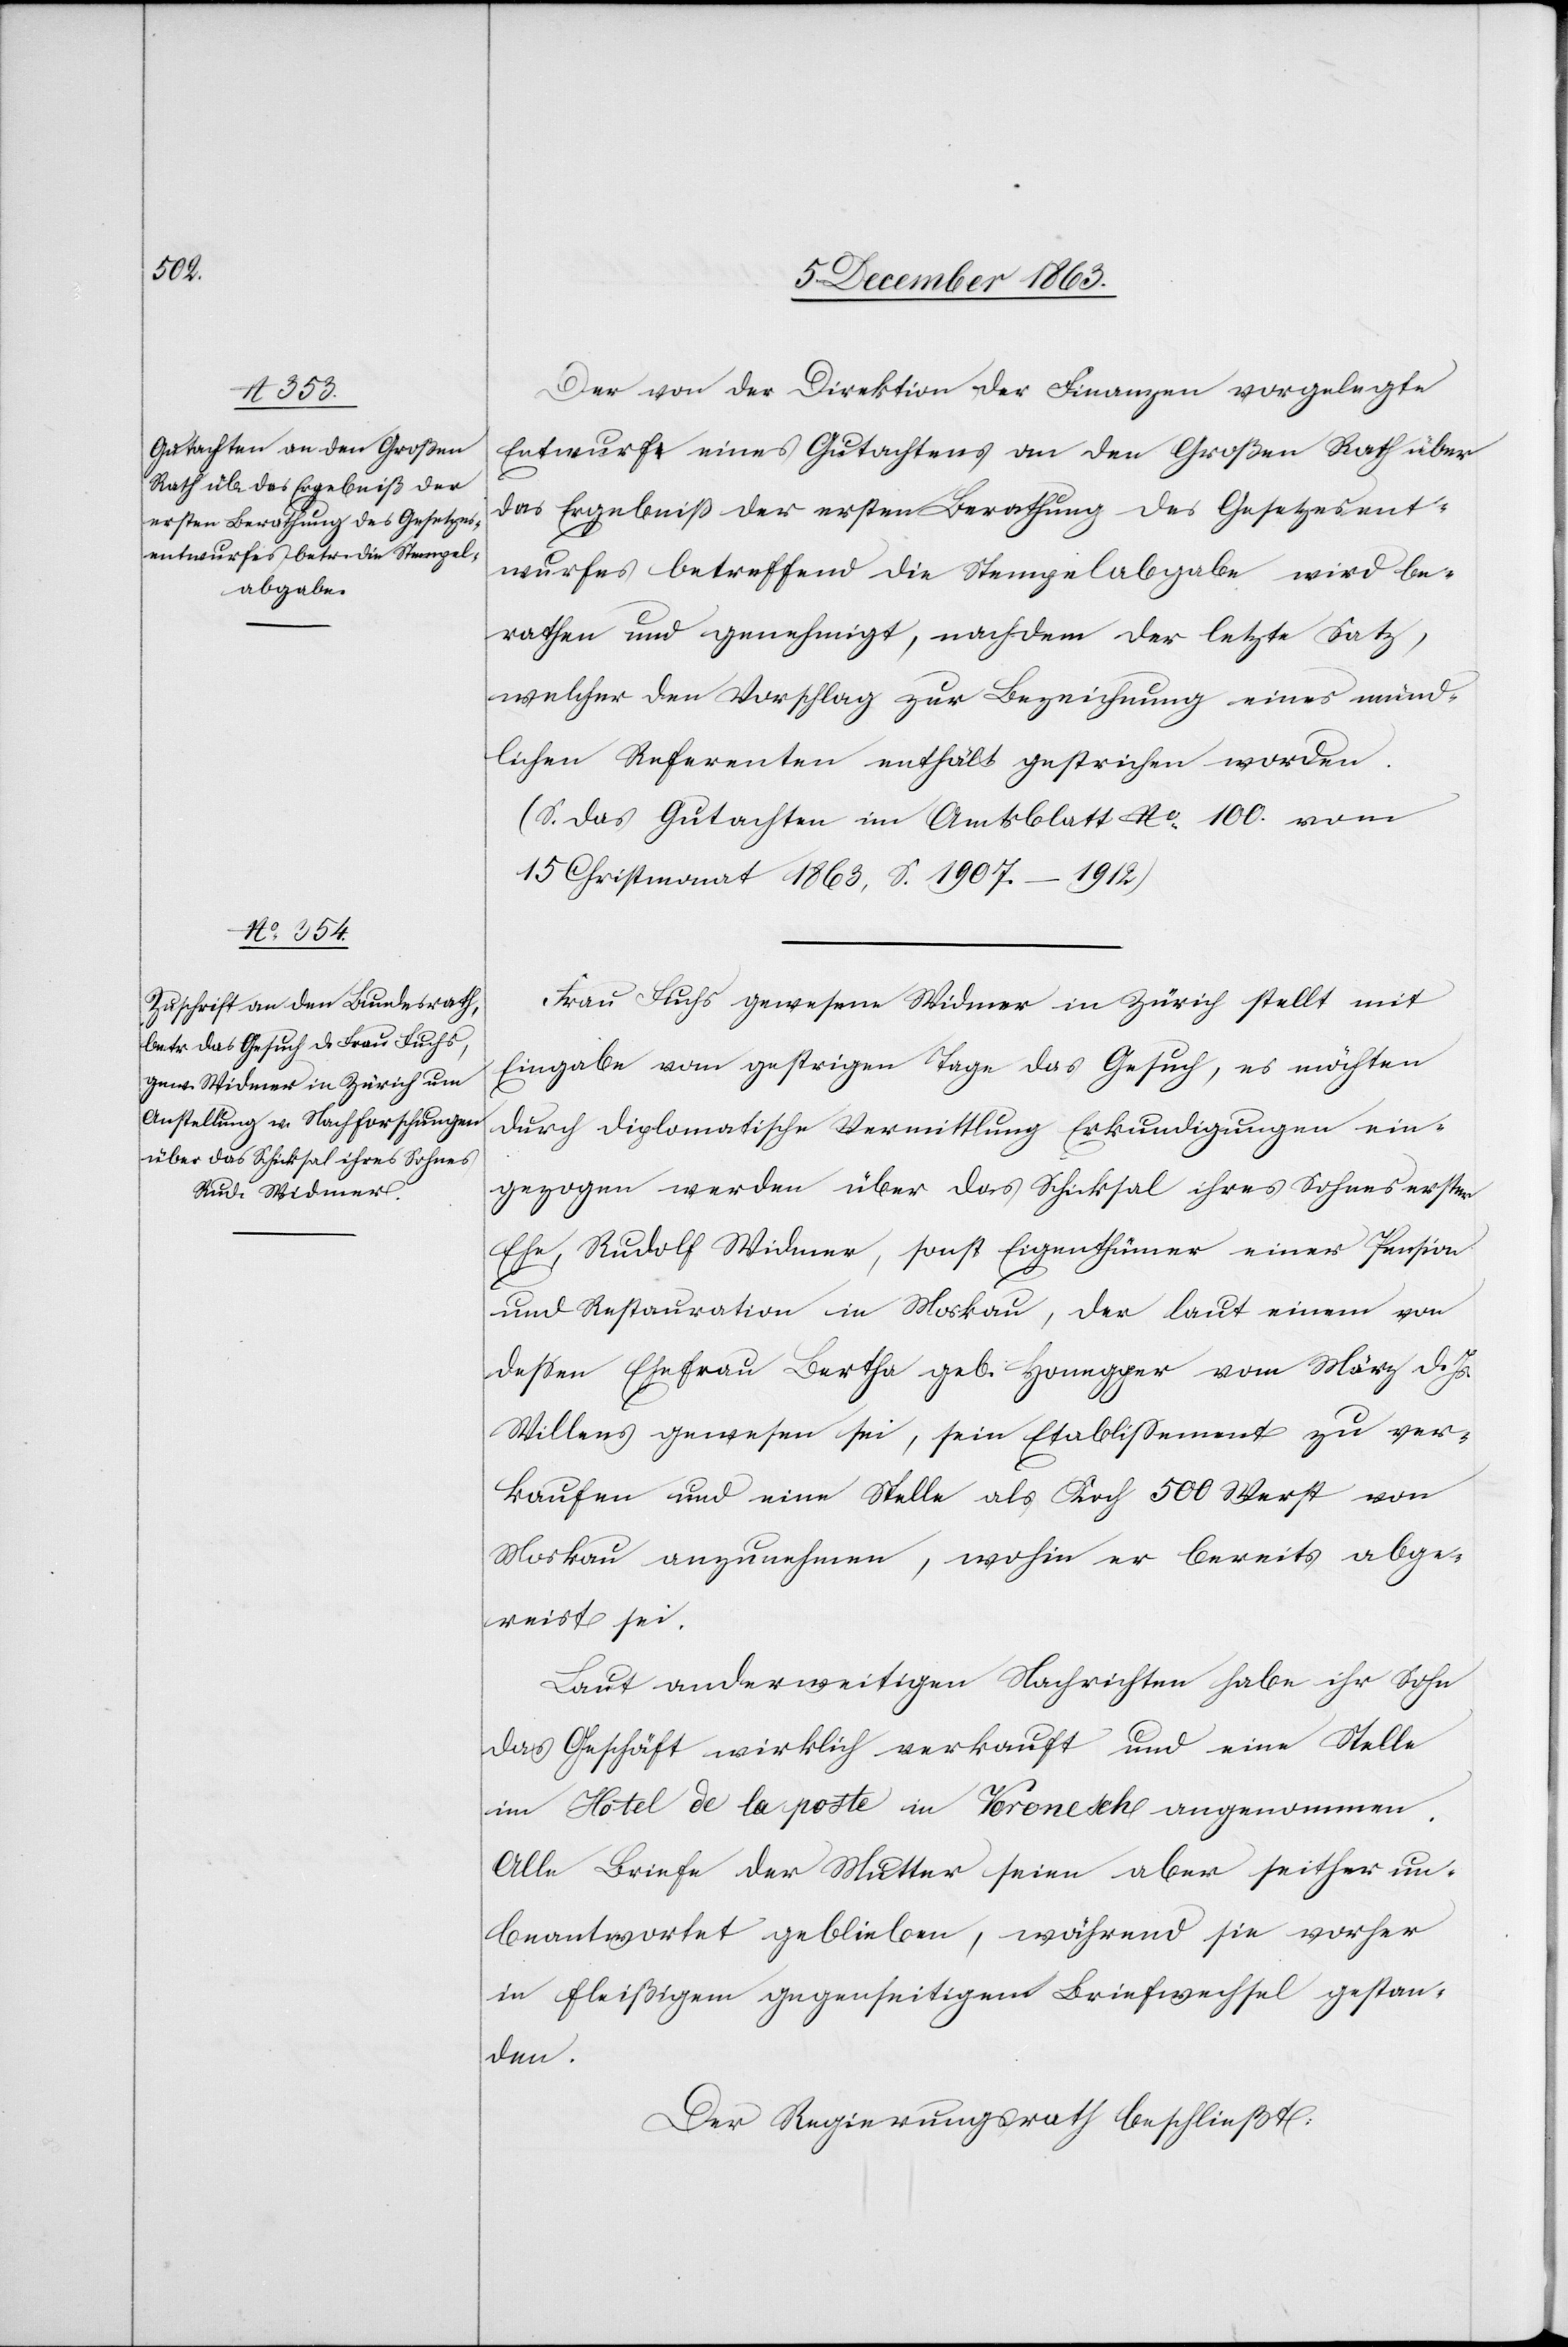
Der von der Direktion der Finanzen vorgelegte
Entwurf eines Gutachtens an den Großen Rath über
das Ergebniß der ersten Berathung des Gesetzesent¬
wurfes betreffend die Stempelabgabe wird be¬
rathen und genehmigt, nachdem der letzte Satz,
welcher den Vorschlag zur Bezeichnung eines münd¬
lichen Referenten enthält gestrichen worden.
(S. das Gutachten im Amtsblatt No 100. vom
15 Christmonat 1863, S. 1907–1912)
Frau Fuchs gewesene Widmer in Zürich stellt mit
Eingabe vom gestrigen Tage das Gesuch, es möchten
durch diplomatische Vermittlung Erkundigungen ein¬
gezogen werden über das Schicksal ihres Sohnes erster
Ehe, Rudolf Widmer, sonst Eigenthümer einer Pension
und Restauration in Moskau, der laut einem von
dessen Ehefrau Bertha geb. Honegger vom März d. Js.
Willens gewesen sei, sein Etablissement zu ver¬
kaufen und eine Stelle als Koch 500 Werst von
Moskau anzunehmen, wohin er bereits abge¬
reist sei.
Laut anderweitigen Nachrichten habe ihr Sohn
das Geschäft wirklich verkauft und eine Stelle
im Hotel de la poste in Voronesch angenommen.
Alle Briefe der Mutter seien aber seither un¬
beantwortet geblieben, während sie vorher
in fleißigem gegenseitigem Briefwechsel gestan¬
den.
Der Regierungsrath beschließt: